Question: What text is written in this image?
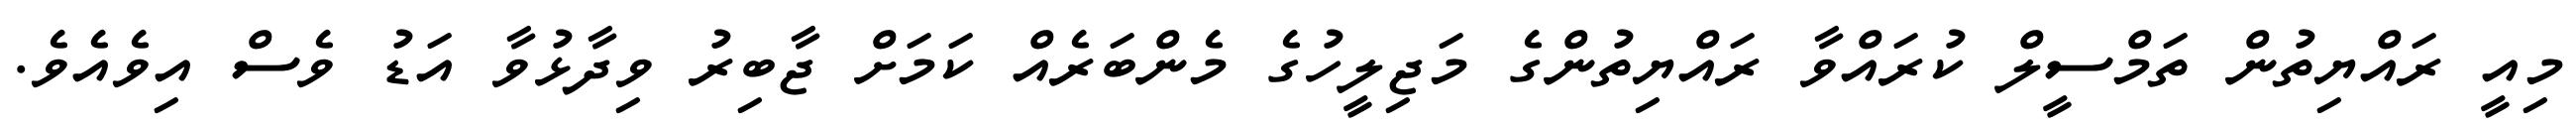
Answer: މިއީ ރައްޔިތުން ތަމްސީލް ކުރައްވާ ރައްޔިތުންގެ މަޖިލީހުގެ މެންބަރެއް ކަމަށް ޖާބިރު ވިދާޅުވާ އަޑު ވެސް އިވެއެވެ.